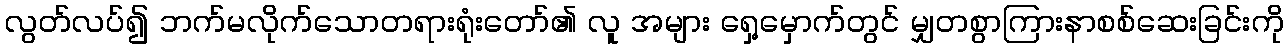
လွတ်လပ်၍ ဘက်မလိုက်သောတရားရုံးတော်၏ လူ အများ ရှေ့မှောက်တွင် မျှတစွာကြားနာစစ်ဆေးခြင်းကို